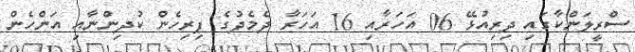
ސްރީލަންކާގައި ދިރިއުޅޭ 06 އަހަރާއި 16 އަހަރާ ދެމެދުގެ ފިރިހެން ކުދިންނާއި އަންހެން